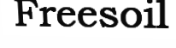
Freesoil